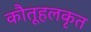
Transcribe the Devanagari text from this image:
कौतूहलकृत